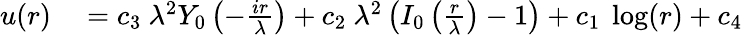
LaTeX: \begin{array}{rl}{u(r)}&{{}=c_{3}\ \lambda^{2}Y_{0}\left(-\frac{ir}{\lambda}\right)+c_{2}\ \lambda^{2}\left(I_{0}\left(\frac{r}{\lambda}\right)-1\right)+c_{1}\ \log(r)+c_{4}}\end{array}